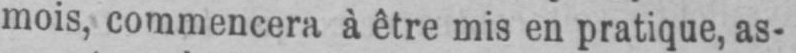
mois, commencera à être mis en pratique, as-